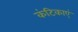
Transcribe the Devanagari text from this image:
कंटिकाएं